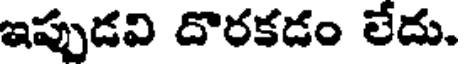
ఇప్పుడవి దొరకడం లేదు.